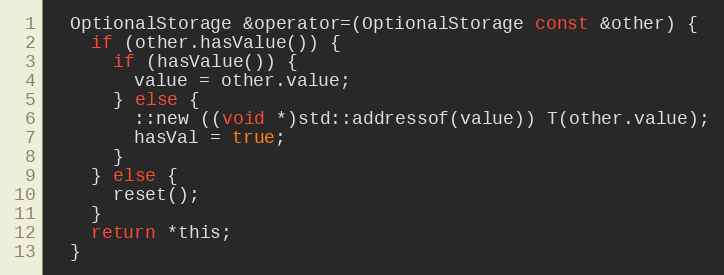
Language: C
  OptionalStorage &operator=(OptionalStorage const &other) {
    if (other.hasValue()) {
      if (hasValue()) {
        value = other.value;
      } else {
        ::new ((void *)std::addressof(value)) T(other.value);
        hasVal = true;
      }
    } else {
      reset();
    }
    return *this;
  }